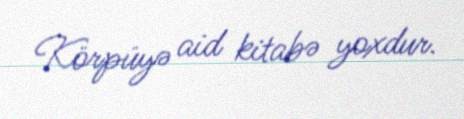
Körpüyə aid kitabə yoxdur.